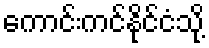
ကောင်းကင်နိုင်ငံသို့